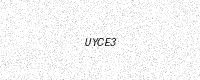
Text: UYCE3